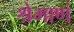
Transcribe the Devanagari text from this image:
श्रेमाणं